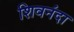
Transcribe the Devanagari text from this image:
शिवनंदा